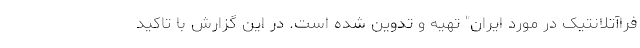
فراآتلانتیک در مورد ایران" تهیه و تدوین شده است. در این گزارش با تاکید